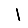
Digit: 1